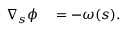
\begin{array} { r l } { \nabla _ { s } \phi } & { { } = - \omega ( s ) . } \end{array}